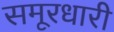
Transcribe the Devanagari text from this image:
समूरधारी